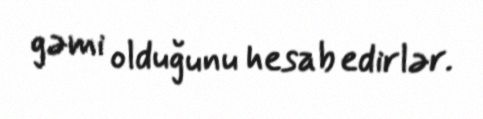
gəmi olduğunu hesab edirlər.